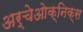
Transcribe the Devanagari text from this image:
अर्चेओक्निक्स